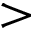
>